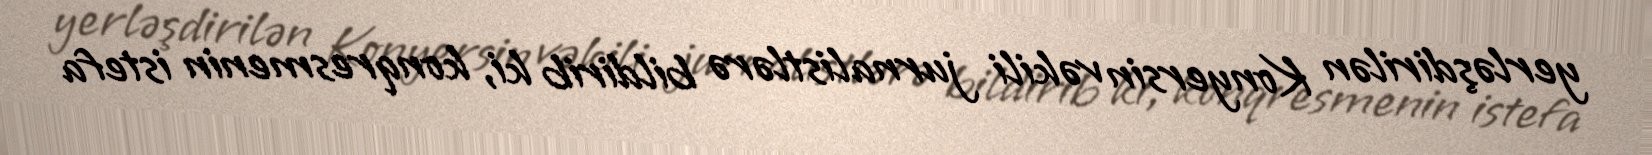
yerləşdirilən Konyersin vəkili jurnalistlərə bildirib ki, konqresmenin istefa